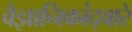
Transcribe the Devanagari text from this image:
वैज्ञानिकांद्वारे